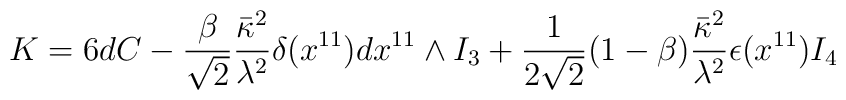
K = 6 dC - \frac{\beta}{\sqrt{2}} \frac{\bar{\kappa}^2}{\lambda^2} \delta (x^{11}) dx^{11} \wedge I_3+ \frac{1}{2\sqrt{2}} (1-\beta) \frac{\bar{\kappa}^2}{\lambda^2} \epsilon(x^{11} ) I_4